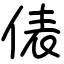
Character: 俵